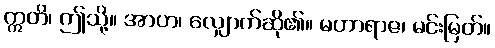
ဣတိ၊ ဤသို့။ အာဟ၊ လျှောက်ဆို၏။ မဟာရာဇ၊ မင်းမြတ်။